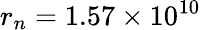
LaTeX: r_{n}=1.57\times 10^{10}